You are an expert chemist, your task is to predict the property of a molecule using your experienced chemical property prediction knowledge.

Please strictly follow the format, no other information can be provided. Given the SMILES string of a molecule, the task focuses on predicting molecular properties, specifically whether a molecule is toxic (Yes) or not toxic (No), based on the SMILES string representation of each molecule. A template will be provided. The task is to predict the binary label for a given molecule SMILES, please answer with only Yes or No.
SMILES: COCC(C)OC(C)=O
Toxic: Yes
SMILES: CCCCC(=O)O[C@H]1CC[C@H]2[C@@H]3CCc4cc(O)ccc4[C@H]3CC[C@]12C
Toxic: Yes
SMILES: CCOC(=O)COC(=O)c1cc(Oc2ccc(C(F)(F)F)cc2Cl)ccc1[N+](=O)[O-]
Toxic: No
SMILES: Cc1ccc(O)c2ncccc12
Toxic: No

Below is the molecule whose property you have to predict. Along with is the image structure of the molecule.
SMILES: CC(=O)[C@H]1CC[C@H]2[C@@H]3CC[C@H]4C[C@H](O)CC[C@]4(C)[C@H]3C(=O)C[C@]12C
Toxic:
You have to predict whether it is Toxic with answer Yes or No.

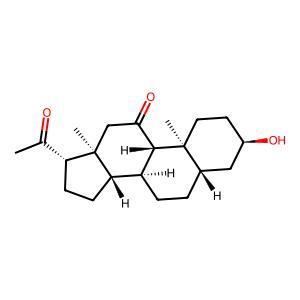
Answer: No